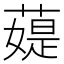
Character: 𦼙